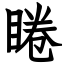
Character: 睠